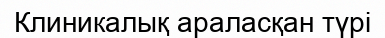
Клиникалық араласқан түрі